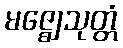
မဇ္ဈေသုတ္တံ